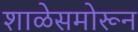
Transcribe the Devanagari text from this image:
शाळेसमोरून